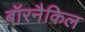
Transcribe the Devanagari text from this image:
बॉरनैकिल